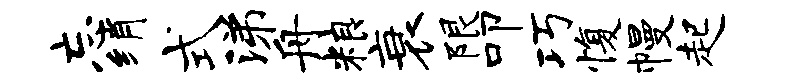
忘绡式涕舟粮衰限叩巧愎幔起